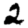
Digit: 2